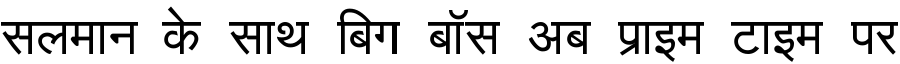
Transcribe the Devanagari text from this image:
सलमान के साथ बिग बॉस अब प्राइम टाइम पर